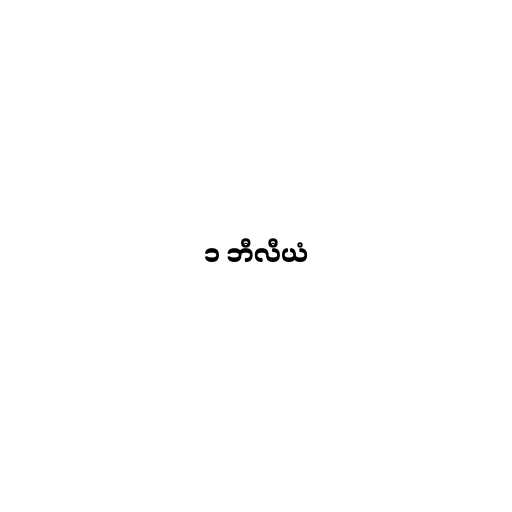
၁ ဘီလီယံ